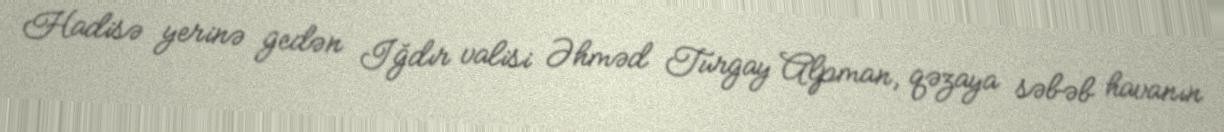
Hadisə yerinə gedən Iğdır valisi Əhməd Turgay Alpman, qəzaya səbəb havanın